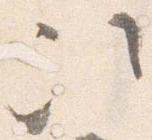
次